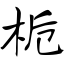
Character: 栀